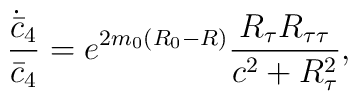
{\dot{\bar{c}}_4\over\bar{c}_4}=e^{2m_0(R_0-R)}{{R_{\tau}R_{\tau\tau}}\over{c^2+R^2_{\tau}}},